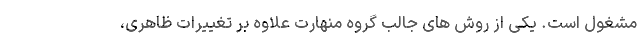
مشغول است. یکی از روش های جالب گروه منهارت علاوه بر تغییرات ظاهری،